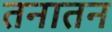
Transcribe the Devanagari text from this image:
तनातन